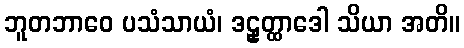
ဘူတဘာဝေ ပသံသာယံ၊ ဒဠှတ္ထာဒေါ သိယာ အတိ။